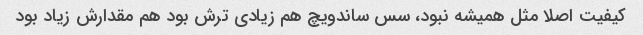
کیفیت اصلا مثل همیشه نبود، سس ساندویچ هم زیادی ترش بود هم مقدارش زیاد بود